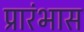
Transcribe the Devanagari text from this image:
प्रारंभास